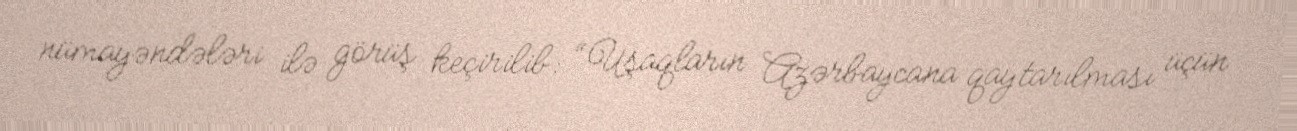
nümayəndələri ilə görüş keçirilib: “Uşaqların Azərbaycana qaytarılması üçün